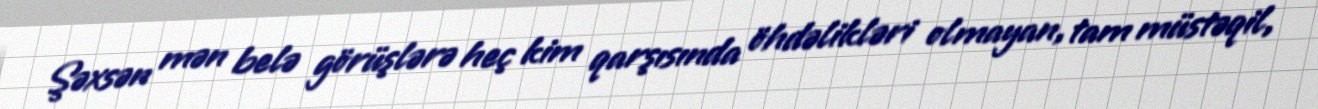
Şəxsən mən belə görüşlərə heç kim qarşısında öhdəlikləri olmayan, tam müstəqil,